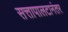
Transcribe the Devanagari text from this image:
सत्तापालटानंतर